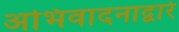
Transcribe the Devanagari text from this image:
अभिवादनाद्वारे